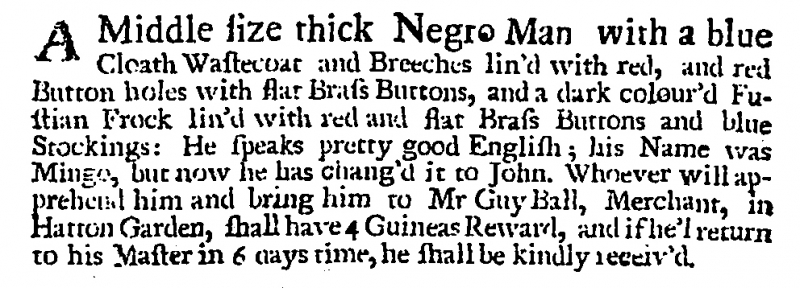
Post Man and the Historical Account, 18 March 1707 (England)
A Middle size thick Negro Man, with a blue Cloath Wastecoat and Breeches lin’d with red, and red Button holes with flat Brass Buttons, and a dark colour’d Fustian Frock lin'd with red and flat Brass Buttons and blue Stockings: He speaks pretty good English; his Name was Mingo, but now he has chang’d it to John. Whoever will apprehend him and bring him to Mr Guy Ball, Merchant, in Hatton Garden, shall have 4 Guineas Reward, or if he'l return to his Master in 6 days time, he shall be kindly received.